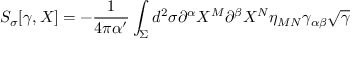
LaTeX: { \cal S } _ { \sigma } [ \gamma , X ] = - \frac { 1 } { 4 \pi \alpha ^ { \prime } } \int _ { \Sigma } d ^ { 2 } \sigma \partial ^ { \alpha } X ^ { M } \partial ^ { \beta } X ^ { N } \eta _ { M N } \gamma _ { \alpha \beta } \sqrt { \gamma }